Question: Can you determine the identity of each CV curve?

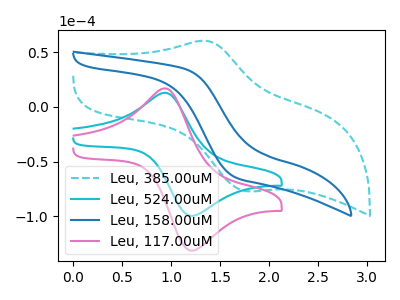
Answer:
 <answer>The cyan dashed curve is labeled "Leu, 385.00uM". The cyan curve is labeled "Leu, 524.00uM". The blue curve is labeled "Leu, 158.00uM". The pink curve is labeled "Leu, 117.00uM".</answer>
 <eval></eval>